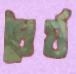
ধৈর্য